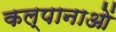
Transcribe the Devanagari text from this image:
कल्पानाओं